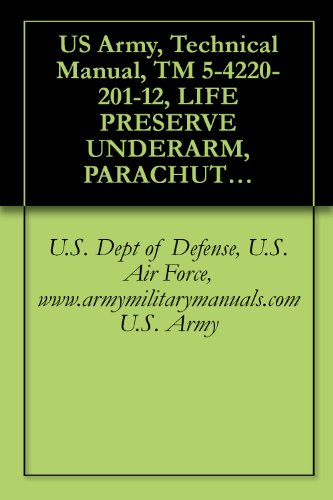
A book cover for US Army, Technical Manual, TM 5-4220-201-12, LIFE PRESERVE UNDERARM, PARACHUTIST, TYPE B-7, CO2, INFLATED, military manauals, special forces; U.S. Dept of Defense, U.S. Air Force, www.armymilitarymanuals.com U.S. Army; Test Preparation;